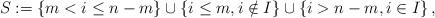
LaTeX: \begin{align*}S:=\left\{m< i\leq n-m\right\}\cup \left\{i\leq m, i\notin I\right\}\cup \left\{i>n-m,i\in I\right\},\end{align*}